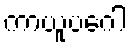
ကာယူပဂေါ